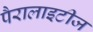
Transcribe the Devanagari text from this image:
पैरालाइटीज